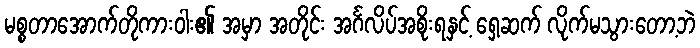
မစ္စတာအောက်တိုကားဝါး၏ အမှာ အတိုင်း အင်္ဂလိပ်အစိုးရနှင့် ရှေ့ဆက် လိုက်မသွားတော့ဘဲ